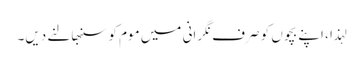
لہذا ، اپنے بچوں کو صرف نگرانی میں موم کو سنبھالنے دیں۔